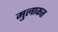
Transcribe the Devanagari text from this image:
मुलाकत